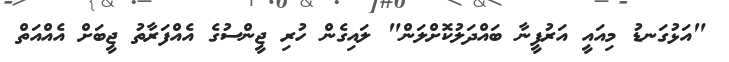
"އަޅުގަނޑު މިއައީ އަރުފީނާ ބައްދަލުކޮށްލަން" ލައިގެން ހުރި ޖީންސުގެ އެއްފަރާތު ޖީބަށް އެއްއަތް